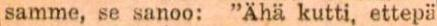
samme, se sanoo: "Ähä kutti, ettepä